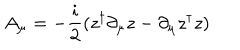
A _ { \mu } = - { \frac { i } { 2 } } ( z ^ { \dagger } \partial _ { \mu } z - \partial _ { \mu } z ^ { \dagger } z )